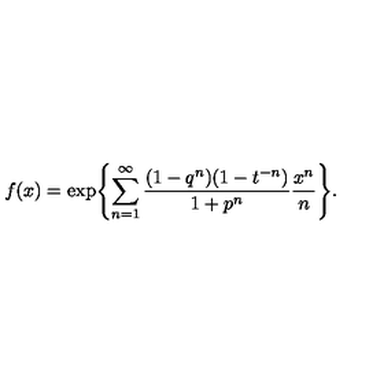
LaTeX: f ( x ) = \exp \Biggl \{ \sum _ { n = 1 } ^ { \infty } { \frac { ( 1 - q ^ { n } ) ( 1 - t ^ { - n } ) } { 1 + p ^ { n } } } { \frac { x ^ { n } } { n } } \Biggr \} .